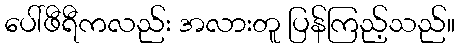
ပေါ်ဖီရီကလည်း အလားတူ ပြန်ကြည့်သည်။